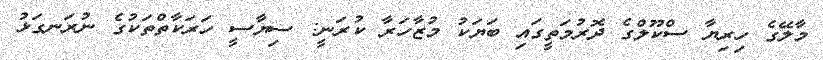
މާލޭގެ ހިރިޔާ ސްކޫލްގެ ދޮރުމަތީގައި ބަޔަކު މުޒާހަރާ ކުރަނީ: ސިޔާސީ ހަރަކާތްތަކުގެ ނުރަނގަޅު